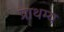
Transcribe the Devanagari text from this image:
प्राथम्य